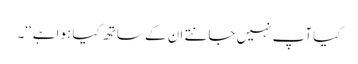
کیا آپ نہیں جانتے ان کے ساتھ کیا ہوا ہے‘‘۔